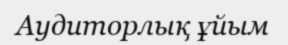
Аудиторлық ұйым